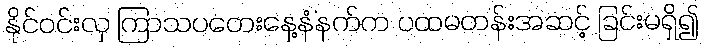
နိုင်ဝင်းလှ ကြာသပတေးနေ့နံနက်က ပထမတန်းအဆင့် ခြင်းမရှိ၍